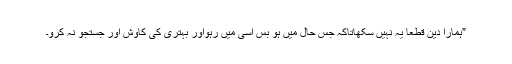
”ہمارا دین قطعاً یہ نہیں سکھاتاکہ جس حال میں ہو بس اسی میں رہواور بہتری کی کاوش اور جستجو نہ کرو۔